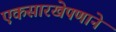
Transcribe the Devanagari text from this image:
एकसारखेपणाने